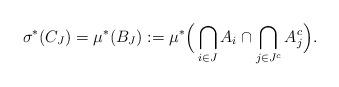
LaTeX: \begin{align*}\sigma^*(C_J) = \mu^*(B_J):= \mu^* \Big( \bigcap_{i\in J} A_i \cap \bigcap_{j\in J^c} A_j^c \Big).\end{align*}